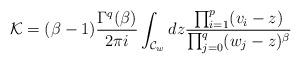
LaTeX: \begin{align*}{\cal K}=(\beta-1)\frac{\Gamma^q(\beta)}{2\pi i}\int_{{\cal C}_w} dz \frac{\prod_{i=1}^p (v_i-z)}{\prod_{j=0}^q (w_j-z)^\beta}\end{align*}